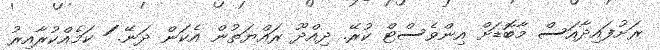
ރަށުފައިދާއަސް މާބޮޑަށް އިންވެސްޓް ކުރޭ. ދިއްދޫ ރައްޔަތުން އެކަން ދަނޭ. ަަަަަަަަަަަަަަަަަ ކަމެއްކުރާއިރު